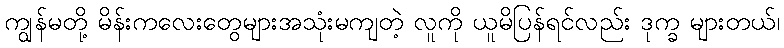
ကျွန်မတို့ မိန်းကလေးတွေများအသုံးမကျတဲ့ လူကို ယူမိပြန်ရင်လည်း ဒုက္ခ များတယ်၊